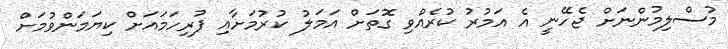
މުސްލިމުންނަށް ޖެހޭނީ އެ އަމުރު ކުރެއްވި ގޮތަށް އަމަލު ކުރުމަށާއި ފުރިހަމައަށް ކިޔަމަންވުމަށް